Punjab Mental Hospital Lahore 1922-31 - 1922-1931
Year: 1922
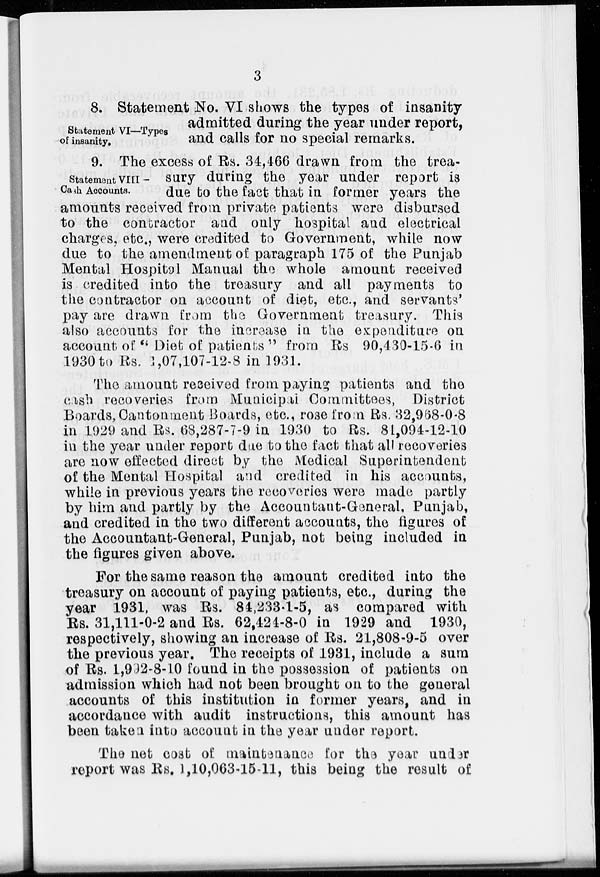
3
Statement VI—Types
of insanity.
8. Statement No. VI shows the types of insanity
admitted during the year under report,
and calls for no special remarks.
Statement VIII —
Cash Accounts.
9. The excess of Rs. 34,466 drawn from the trea-
sury during the year under report is
due to the fact that in former years the
amounts received from private patients were disbursed
to the contractor and only hospital and electrical
charges, etc., were credited to Government, while now
due to the amendment of paragraph 175 of the Punjab
Mental Hospital Manual the whole amount received
is credited into the treasury and all payments to
the contractor on account of diet, etc., and servants'
pay are drawn from the Government treasury. This
also accounts for the increase in the expenditure on
account of " Diet of patients " from Rs 90,430-15-6 in
1930 to Rs. 1,07,107-12-8 in 1931.
The amount received from paying patients and the
cash recoveries from Municipal Committees, District
Boards, Cantonment Boards, etc., rose from Rs. 32,968-0-8
in 1929 and Rs. 68,287-7-9 in 1930 to Rs. 81,094-12-10
in the year under report due to the fact that all recoveries
are now effected direct by the Medical Superintendent
of the Mental Hospital and credited in his accounts,
while in previous years the recoveries were made partly
by him and partly by the Accountant-General. Punjab,
and credited in the two different accounts, the figures of
the Accountant-General, Punjab, not being included in
the figures given above.
For the same reason the amount credited into the
treasury on account of paying patients, etc., during the
year 1931, was Rs. 84,233-1-5, as compared with
Rs. 31,111-0-2 and Rs. 62,424-8-0 in 1929 and 1930,
respectively, showing an increase of Rs. 21,808-9-5 over
the previous year. The receipts of 1931, include a sum
of Rs. 1,992-8-10 found in the possession of patients on
admission which had not been brought on to the general
accounts of this institution in former years, and in
accordance with audit instructions, this amount has
been taken into account in the year under report.
The net cost of maintenance for the year under
report was Rs.1,10,063-15-11, this being the result of